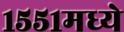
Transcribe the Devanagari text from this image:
१५५१मध्ये